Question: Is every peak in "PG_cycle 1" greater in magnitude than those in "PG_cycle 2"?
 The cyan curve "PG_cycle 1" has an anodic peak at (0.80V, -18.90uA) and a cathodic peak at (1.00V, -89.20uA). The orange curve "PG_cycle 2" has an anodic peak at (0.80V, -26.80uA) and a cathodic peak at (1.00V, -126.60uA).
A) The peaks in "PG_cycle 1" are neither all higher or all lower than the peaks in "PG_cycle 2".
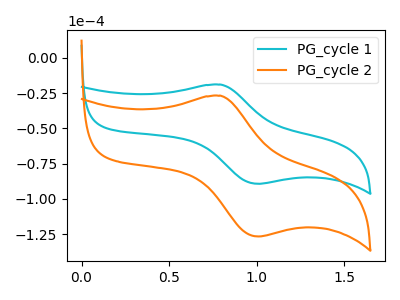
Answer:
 <answer>A) The peaks in "PG_cycle 1" are neither all higher or all lower than the peaks in "PG_cycle 2".</answer>
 <eval>A</eval>